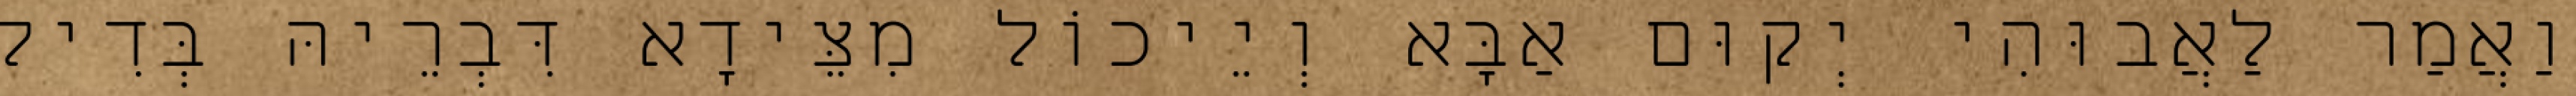
וַאֲמַר לַאֲבוּהִי יְקוּם אַבָּא וְיֵיכוֹל מִצֵּידָא דִּבְרֵיהּ בְּדִיל